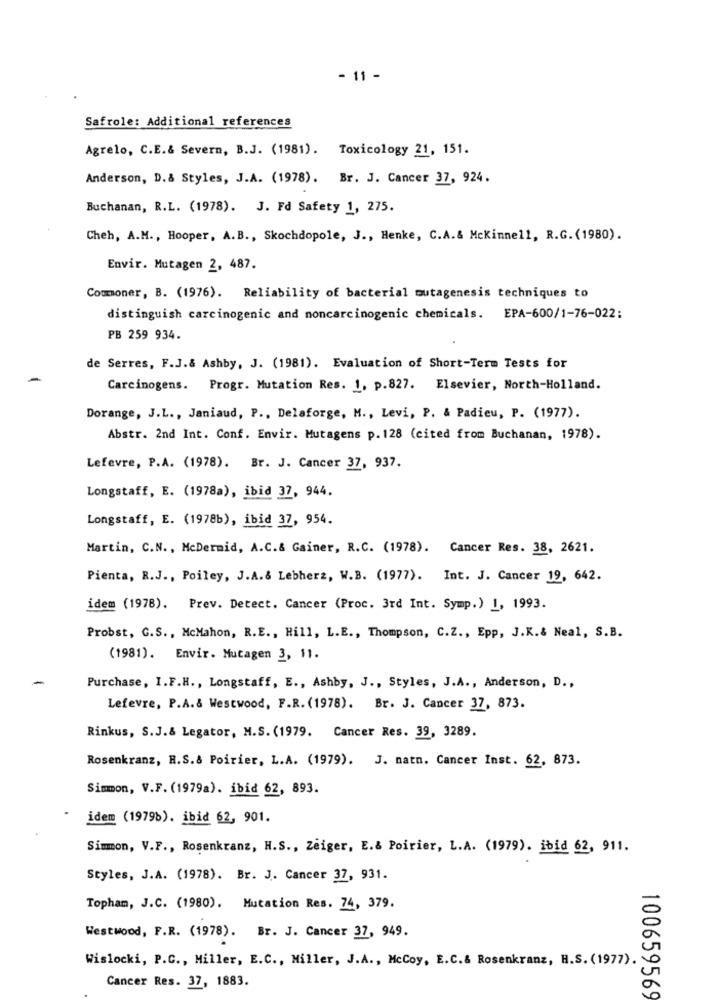
- 11 -
Safrole: Additional references
Agrelo, C.E.& Severn, B.J. (1981). Toxicology 21, 151.
Anderson, D. & Styles, J.A. (1978). Br. J. Cancer 37, 924.
Buchanan, R.L. (1978). J. Fd Safety 1, 275.
Cheh, A.M ., Hooper, A.B ., Skochdopole, J ., Henke, C.A.& Mckinnell, R.G. (1980).
Envir. Mutagen 2, 487.
Comoner, B. (1976). Reliability of bacterial mutagenesis techniques to
distinguish carcinogenic and noncarcinogenic chemicals. EPA-600/1-76-022:
PB 259 934.
de Serres, F.J.& Ashby, J. (1981). Evaluation of Short-Term Tests for
Carcinogens. Progr. Mutation Res. 1. p.827. Elsevier, North-Holland.
Dorange, J.L ., Janiaud, P ., Delaforge, M ., Levi, P. & Padieu, P. (1977).
Abstr. 2nd Int. Conf. Envir. Mutagens p. 128 (cited from Buchanan, 1978).
Lefevre, P.A. (1978). Br. J. Cancer 37, 937.
Longstaff, E. (1978a), ibid 37, 944.
Longstaff, E. (1978b), ibid 37, 954.
Martin, C.N ., McDermid, A.C.& Gainer, R.C. (1978). Cancer Res. 38, 2621.
Pienta, R.J ., Poiley, J.A.& Lebherz, W.B. (1977). Int. J. Cancer 19, 642.
idem (1978). Prev. Detect. Cancer (Proc. 3rd Int. Symp.) 1, 1993.
Probst, C.S ., McMahon, R.E ., Hill, L.E ., Thompson, C.Z ., Epp, J.K.& Neal, S.B.
(1981). Envir. Mutagen 3, 11.
Purchase, I.F.H ., Longstaff, E ., Ashby, J ., Styles, J.A ., Anderson, D .,
Lefevre, P.A.& Westwood, F.R. (1978). Br. J. Cancer 37, 873.
Rinkus, S.J.& Legator, M.S. (1979. Cancer Res. 39, 3289.
Rosenkranz, R.S.& Poirier, L.A. (1979). J. natn. Cancer Inst. 62, 873.
Simmon, V.F. (1979a). ibid 62, 893.
idem (1979b). ibid 62, 901.
Simmon, V.F ., Rosenkranz, H.S ., Zeiger, E.& Poirier, L.A. (1979). ibid 62, 911.
Styles, J.A. (1978). Br. J. Cancer 37, 931.
Topham, J.C. (1980). Mutation Res. 74, 379.
Westwood, F.R. (1978). Br. J. Cancer 37, 949.
Wislocki, P.C ., Miller, E.C ., Miller, J.A ., McCoy, E.C.& Rosenkranz, H.S. (1977).
Cancer Res. 37, 1883.
100659569